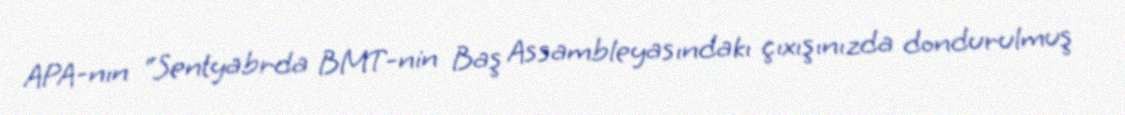
APA-nın “Sentyabrda BMT-nin Baş Assambleyasındakı çıxışınızda dondurulmuş